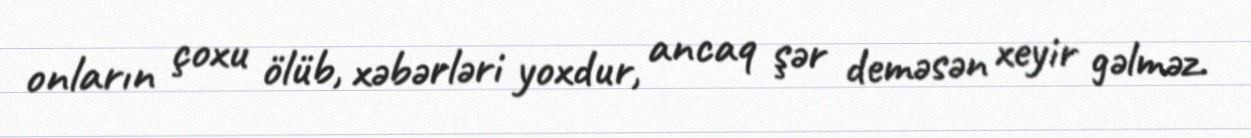
onların çoxu ölüb, xəbərləri yoxdur, ancaq şər deməsən xeyir gəlməz.